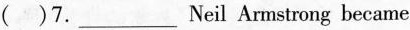
( )7. ___ Neil Armstrong became